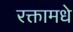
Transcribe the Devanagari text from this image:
रक्तामधे